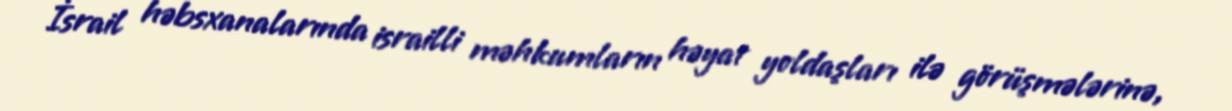
İsrail həbsxanalarında israilli məhkumların həyat yoldaşları ilə görüşmələrinə,